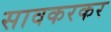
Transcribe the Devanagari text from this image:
सावकरकर